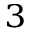
^ { 3 }